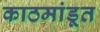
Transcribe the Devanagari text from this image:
काठमांडूत